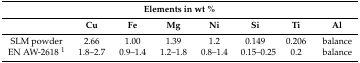
<table><thead><tr><td colspan="8"><b>Elements in wt %</b></td></tr><tr><td></td><td><b>Cu</b></td><td><b>Fe</b></td><td><b>Mg</b></td><td><b>Ni</b></td><td><b>Si</b></td><td><b>Ti</b></td><td><b>Al</b></td></tr></thead><tbody><tr><td>SLM powder</td><td>2.66</td><td>1.00</td><td>1.39</td><td>1.2</td><td>0.149</td><td>0.206</td><td>balance</td></tr><tr><td>EN AW-2618 <sup>1</sup></td><td>1.8–2.7</td><td>0.9–1.4</td><td>1.2–1.8</td><td>0.8–1.4</td><td>0.15–0.25</td><td>0.2</td><td>balance</td></tr></tbody></table>